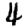
Digit: 4